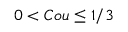
0 < C o u \le 1 / 3